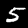
Label: 5